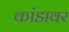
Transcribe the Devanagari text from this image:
कांडावर